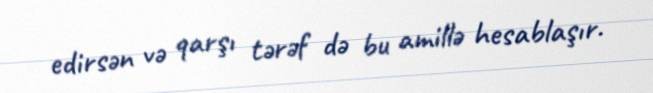
edirsən və qarşı tərəf də bu amillə hesablaşır.